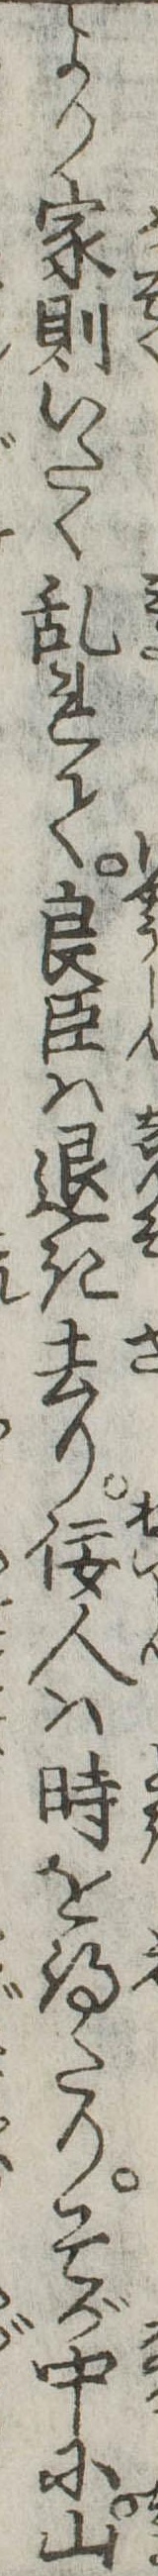
より家則いたく乱れて良臣は退き去り佞人は時を得たりそが中に山